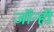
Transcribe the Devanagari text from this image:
जॉन्ही